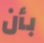
بأن